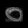
Digit: ၀